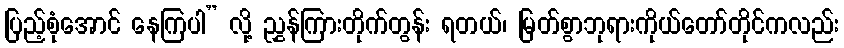
ပြည့်စုံအောင် နေကြပါ” လို့ ညွှန်ကြားတိုက်တွန်း ရတယ်၊ မြတ်စွာဘုရားကိုယ်တော်တိုင်ကလည်း